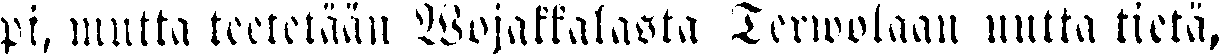
pi, mutta teetetään Wojakkalasta Terwolaan uutta tietä,